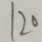
1 2 0